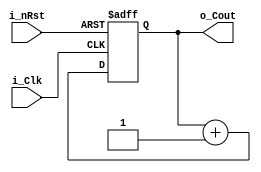
module counter_3bit
(
	input i_Clk, // clock input
	input i_nRst, // asynchronous reset
	output [2:0] o_Cout // counter output
);

//module counter_3bit(i_Clk, i_nRst, o_Cout);

reg [2:0] Counter;

always @(posedge i_Clk or negedge i_nRst)
begin
	if (i_nRst == 1'b0)
		Counter[2:0] <= 3'b0; // reset the counter
	else
		Counter[2:0] <= Counter[2:0] + 3'b001; // increment the counter
end

assign o_Cout[2:0] = Counter[2:0]; // assign to outputs

endmodule